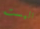
اليست